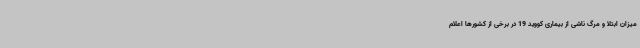
میزان ابتلا و مرگ ناشی از بیماری کووید 19 در برخی از کشورها اعلام